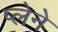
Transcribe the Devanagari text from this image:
प्लेने